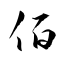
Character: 佰